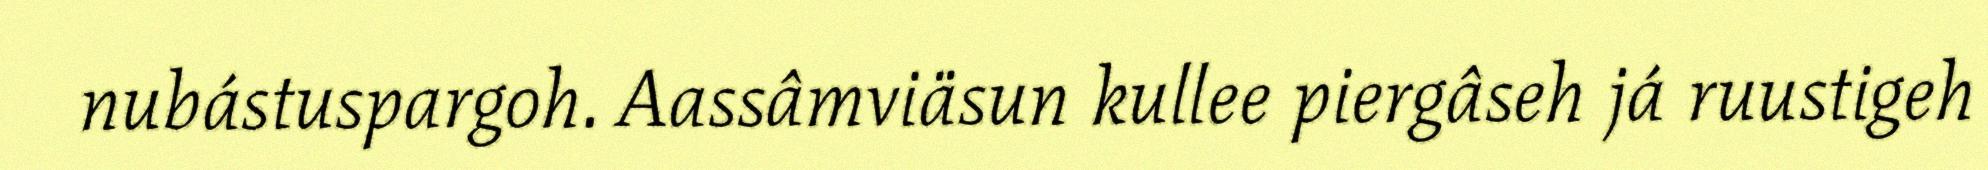
nubástuspargoh. Aassâmviäsun kullee piergâseh já ruustigeh